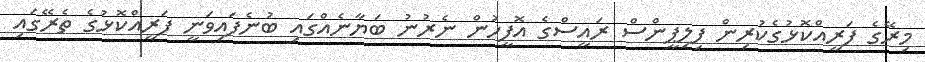
މިރޭގެ ފަރީއްކޮޅުގެކުރިން ފިލިޕީންސް ރައީސްގެ އޮފީހުން ނެރުނު ބަޔާނެއްގައި ބުނެފައިވަނީ ފަރީއްކޮޅުގެ ތެރޭގައި